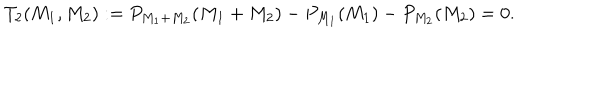
T _ { 2 } ( M _ { 1 } , M _ { 2 } ) : = P _ { M _ { 1 } + M _ { 2 } } ( M _ { 1 } + M _ { 2 } ) - P _ { M _ { 1 } } ( M _ { 1 } ) - P _ { M _ { 2 } } ( M _ { 2 } ) = 0 .